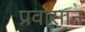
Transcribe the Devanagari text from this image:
प्रवासान